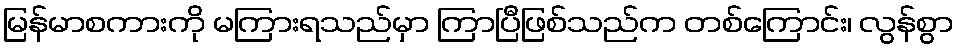
မြန်မာစကားကို မကြားရသည်မှာ ကြာပြီဖြစ်သည်က တစ်ကြောင်း၊ လွန်စွာ